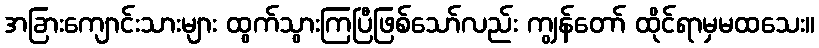
အခြားကျောင်းသားများ ထွက်သွားကြပြီဖြစ်သော်လည်း ကျွန်တော် ထိုင်ရာမှမထသေး။